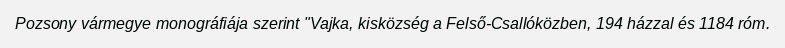
Pozsony vármegye monográfiája szerint "Vajka, kisközség a Felső-Csallóközben, 194 házzal és 1184 róm.